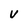
Character: V